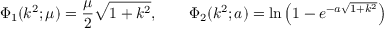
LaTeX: \Phi _ { 1 } ( k ^ { 2 } ; \mu ) = \frac { \mu } { 2 } \sqrt { 1 + k ^ { 2 } } , \qquad \Phi _ { 2 } ( k ^ { 2 } ; a ) = \ln \left( 1 - e ^ { - a \sqrt { 1 + k ^ { 2 } } } \right)